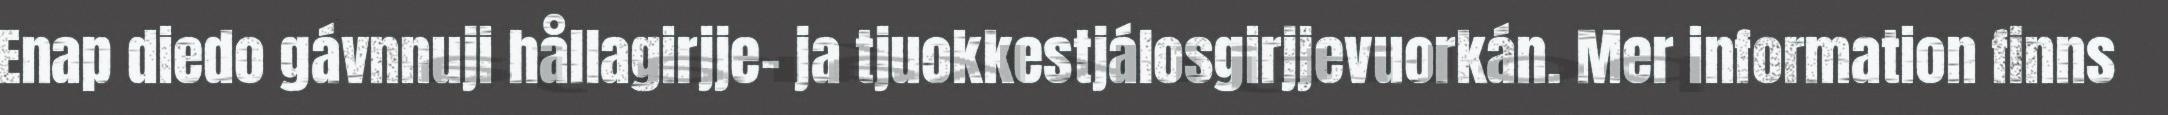
Enap diedo gávnnuji hållagirjje- ja tjuokkestjálosgirjjevuorkán. Mer information finns